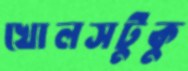
খোলসটুকু